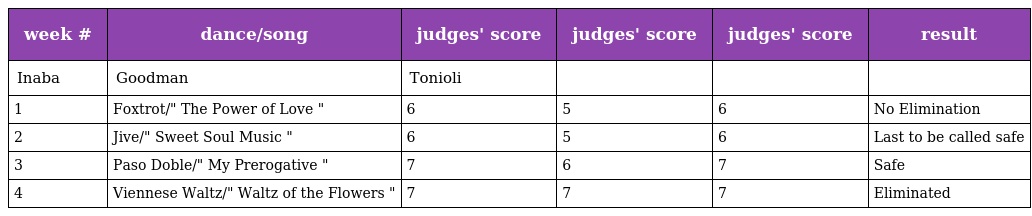
| week # | dance/song | judges' score | judges' score | judges' score | result |
 | --- | --- | --- | --- | --- | --- |
 | Inaba | Goodman | Tonioli |  |  |  |
 | 1 | Foxtrot/" The Power of Love " | 6 | 5 | 6 | No Elimination |
 | 2 | Jive/" Sweet Soul Music " | 6 | 5 | 6 | Last to be called safe |
 | 3 | Paso Doble/" My Prerogative " | 7 | 6 | 7 | Safe |
 | 4 | Viennese Waltz/" Waltz of the Flowers " | 7 | 7 | 7 | Eliminated |